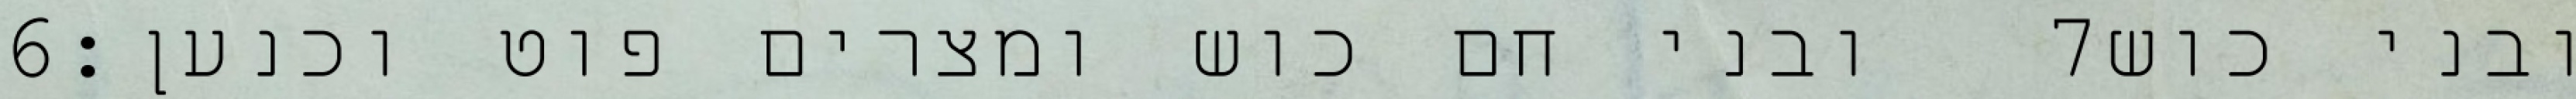
‎6‏ ובני חם כוש ומצרים פוט וכנען׃ ‎7‏ ובני כוש